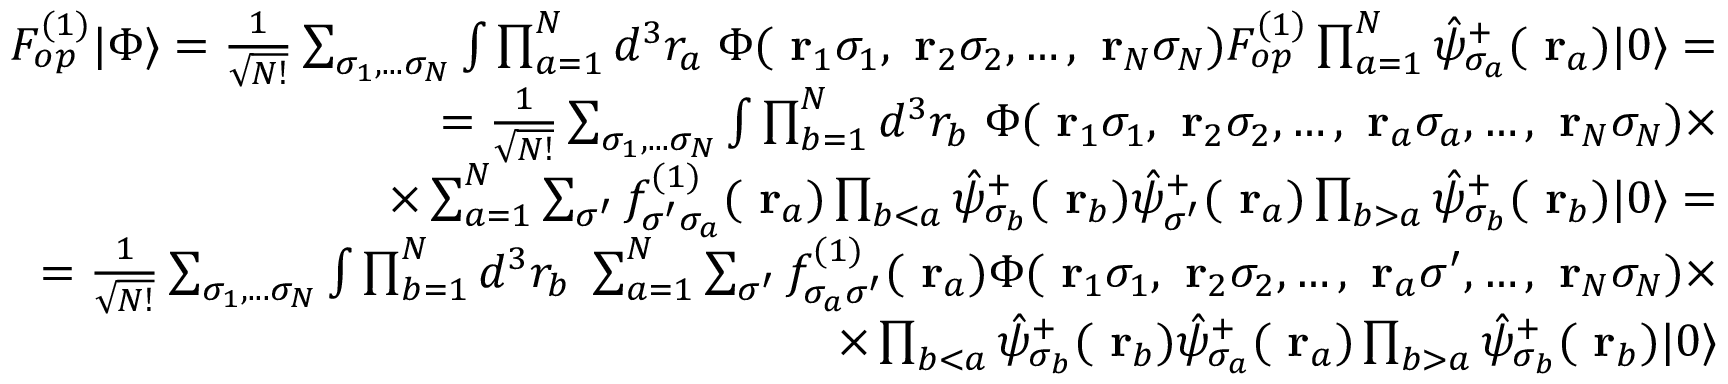
\begin{array} { r l r } & { } & { F _ { o p } ^ { ( 1 ) } | \Phi \rangle = \frac { 1 } { \sqrt { N ! } } \sum _ { \sigma _ { 1 } , . . . \sigma _ { N } } \int \prod _ { a = 1 } ^ { N } d ^ { 3 } r _ { a } \; \Phi ( \mathrm { \bf ~ r } _ { 1 } \sigma _ { 1 } , \mathrm { \bf ~ r } _ { 2 } \sigma _ { 2 } , \dots , \mathrm { \bf ~ r } _ { N } \sigma _ { N } ) F _ { o p } ^ { ( 1 ) } \prod _ { a = 1 } ^ { N } \hat { \psi } _ { \sigma _ { a } } ^ { + } ( \mathrm { \bf ~ r } _ { a } ) | 0 \rangle = } \\ & { } & { = \frac { 1 } { \sqrt { N ! } } \sum _ { \sigma _ { 1 } , . . . \sigma _ { N } } \int \prod _ { b = 1 } ^ { N } d ^ { 3 } r _ { b } \; \Phi ( \mathrm { \bf ~ r } _ { 1 } \sigma _ { 1 } , \mathrm { \bf ~ r } _ { 2 } \sigma _ { 2 } , \dots , \mathrm { \bf ~ r } _ { a } \sigma _ { a } , \dots , \mathrm { \bf ~ r } _ { N } \sigma _ { N } ) \times } \\ & { } & { \; \; \; \; \; \; \; \; \; \; \; \; \; \; \; \; \; \times \sum _ { a = 1 } ^ { N } \sum _ { \sigma ^ { \prime } } f _ { \sigma ^ { \prime } \sigma _ { a } } ^ { ( 1 ) } ( \mathrm { \bf ~ r } _ { a } ) \prod _ { b < a } \hat { \psi } _ { \sigma _ { b } } ^ { + } ( \mathrm { \bf ~ r } _ { b } ) \hat { \psi } _ { \sigma ^ { \prime } } ^ { + } ( \mathrm { \bf ~ r } _ { a } ) \prod _ { b > a } \hat { \psi } _ { \sigma _ { b } } ^ { + } ( \mathrm { \bf ~ r } _ { b } ) | 0 \rangle = } \\ & { } & { = \frac { 1 } { \sqrt { N ! } } \sum _ { \sigma _ { 1 } , . . . \sigma _ { N } } \int \prod _ { b = 1 } ^ { N } d ^ { 3 } r _ { b } \; \sum _ { a = 1 } ^ { N } \sum _ { \sigma ^ { \prime } } f _ { \sigma _ { a } \sigma ^ { \prime } } ^ { ( 1 ) } ( \mathrm { \bf ~ r } _ { a } ) \Phi ( \mathrm { \bf ~ r } _ { 1 } \sigma _ { 1 } , \mathrm { \bf ~ r } _ { 2 } \sigma _ { 2 } , \dots , \mathrm { \bf ~ r } _ { a } \sigma ^ { \prime } , \dots , \mathrm { \bf ~ r } _ { N } \sigma _ { N } ) \times } \\ & { } & { \; \; \; \; \; \; \; \; \; \; \; \; \; \; \; \; \; \; \; \; \; \; \; \; \; \; \; \; \; \times \prod _ { b < a } \hat { \psi } _ { \sigma _ { b } } ^ { + } ( \mathrm { \bf ~ r } _ { b } ) \hat { \psi } _ { \sigma _ { a } } ^ { + } ( \mathrm { \bf ~ r } _ { a } ) \prod _ { b > a } \hat { \psi } _ { \sigma _ { b } } ^ { + } ( \mathrm { \bf ~ r } _ { b } ) | 0 \rangle } \end{array}